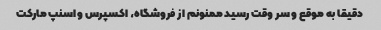
دقیقا به موقع و سر وقت رسید ممنونم از فروشگاه، اکسپرس و اسنپ مارکت